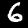
Label: 6